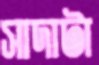
সাদাটা